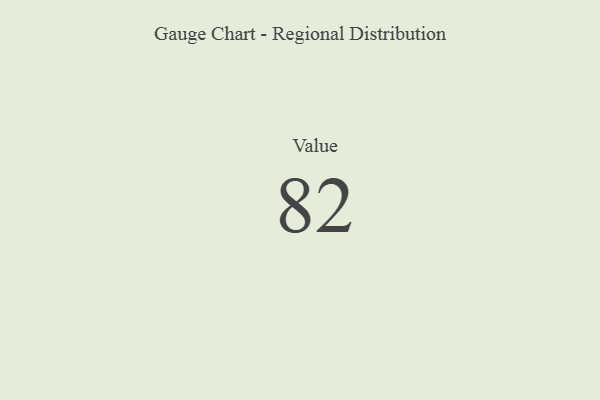
{"axis": {"x": "Metric", "y": "Value"}, "legend": [""], "data": [{"x": "Value", "y": 82, "type": ""}]}